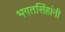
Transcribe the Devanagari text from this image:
भगतसिंहांनी